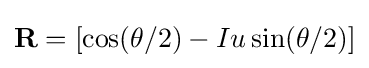
\mathbf {R} =[\cos(\theta /2)-Iu\sin(\theta /2)]